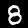
Digit: 8